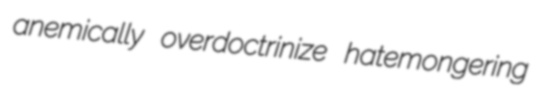
anemically overdoctrinize hatemongering